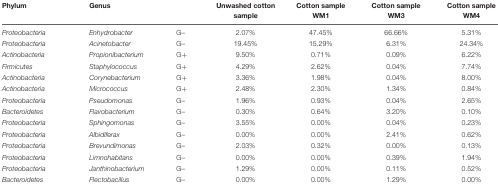
<table><thead><tr><td><b>Phylum</b></td><td><b>Genus</b></td><td></td><td><b>Unwashed cotton sample</b></td><td><b>Cotton sample WM1</b></td><td><b>Cotton sample WM3</b></td><td><b>Cotton sample WM4</b></td></tr></thead><tbody><tr><td><i>Proteobacteria</i></td><td><i>Enhydrobacter</i></td><td>G–</td><td>2.07%</td><td>47.45%</td><td>66.66%</td><td>5.31%</td></tr><tr><td><i>Proteobacteria</i></td><td><i>Acinetobacter</i></td><td>G–</td><td>19.45%</td><td>15.29%</td><td>6.31%</td><td>24.34%</td></tr><tr><td><i>Actinobacteria</i></td><td><i>Propionibacterium</i></td><td>G+</td><td>9.50%</td><td>0.71%</td><td>0.09%</td><td>6.22%</td></tr><tr><td><i>Firmicutes</i></td><td><i>Staphylococcus</i></td><td>G+</td><td>4.29%</td><td>2.62%</td><td>0.04%</td><td>7.74%</td></tr><tr><td><i>Actinobacteria</i></td><td><i>Corynebacterium</i></td><td>G+</td><td>3.36%</td><td>1.98%</td><td>0.04%</td><td>8.00%</td></tr><tr><td><i>Actinobacteria</i></td><td><i>Micrococcus</i></td><td>G+</td><td>2.48%</td><td>2.30%</td><td>1.34%</td><td>0.84%</td></tr><tr><td><i>Proteobacteria</i></td><td><i>Pseudomonas</i></td><td>G–</td><td>1.96%</td><td>0.93%</td><td>0.04%</td><td>2.65%</td></tr><tr><td><i>Bacteroidetes</i></td><td><i>Flavobacterium</i></td><td>G–</td><td>0.30%</td><td>0.64%</td><td>3.20%</td><td>0.10%</td></tr><tr><td><i>Proteobacteria</i></td><td><i>Sphingomonas</i></td><td>G–</td><td>3.55%</td><td>0.00%</td><td>0.04%</td><td>0.23%</td></tr><tr><td><i>Proteobacteria</i></td><td><i>Albidiferax</i></td><td>G–</td><td>0.00%</td><td>0.00%</td><td>2.41%</td><td>0.62%</td></tr><tr><td><i>Proteobacteria</i></td><td><i>Brevundimonas</i></td><td>G–</td><td>2.03%</td><td>0.32%</td><td>0.00%</td><td>0.13%</td></tr><tr><td><i>Proteobacteria</i></td><td><i>Limnohabitans</i></td><td>G–</td><td>0.00%</td><td>0.00%</td><td>0.39%</td><td>1.94%</td></tr><tr><td><i>Proteobacteria</i></td><td><i>Janthinobacterium</i></td><td>G–</td><td>1.29%</td><td>0.00%</td><td>0.11%</td><td>0.52%</td></tr><tr><td><i>Bacteroidetes</i></td><td><i>Flectobacillus</i></td><td>G–</td><td>0.00%</td><td>0.00%</td><td>1.29%</td><td>0.00%</td></tr></tbody></table>